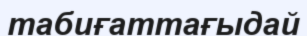
табиғаттағыдай